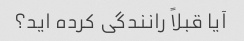
آیا قبلاً رانندگی کرده اید؟